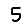
Digit: 5